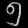
Digit: ၅